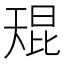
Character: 𫯬